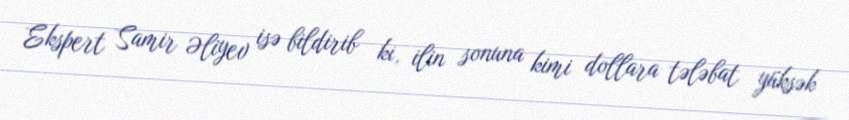
Ekspert Samir Əliyev isə bildirib ki, ilin sonuna kimi dollara tələbat yüksək